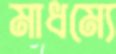
মাধম্যে